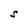
Character: S